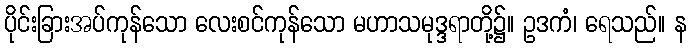
ပိုင်းခြားအပ်ကုန်သော လေးစင်ကုန်သော မဟာသမုဒ္ဒရာတို့၌။ ဥဒကံ၊ ရေသည်။ န